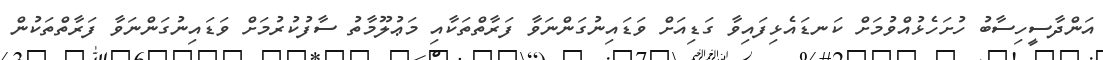
އަންދާސީހިސާބު ހުށަހެޅުއްވުމަށް ކަނޑައެޅިފައިވާ ގަޑިއަށް ވަޑައިނުގަންނަވާ ފަރާތްތަކާއި މަޢުލޫމާތު ސާފުކުރުމަށް ވަޑައިނުގަންނަވާ ފަރާތްތަކުން